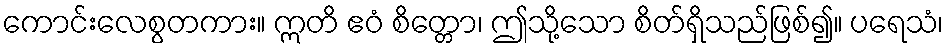
ကောင်းလေစွတကား။ ဣတိ ဧဝံ စိတ္တော၊ ဤသို့သော စိတ်ရှိသည်ဖြစ်၍။ ပရေသံ၊